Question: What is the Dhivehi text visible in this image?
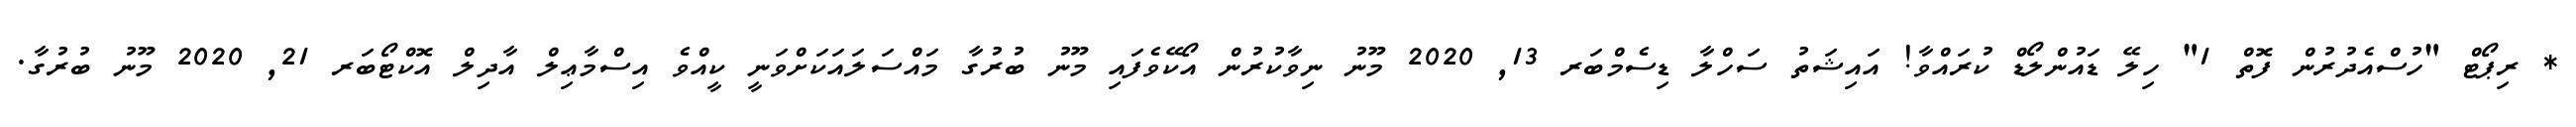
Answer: * ރިޕޯޓް "ހުސްއެދުރުން ފޮތް 1" ހިލޭ ޑައުންލޯޑް ކުރައްވާ! އައިޝަތު ސަހްލާ ޑިސެމްބަރ 13, 2020 މޫނު ނިވާކުރުން އޯކޭވެފައި މޫނު ބުރުގާ މައްސަލައަކަށްވަނީ ކީއްވެ އިސްމާޢިލް އާދިލް އޮކްޓޯބަރ 21, 2020 މޫނު ބުރުގާ.